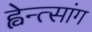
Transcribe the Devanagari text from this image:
ह्वेन्त्सांग